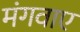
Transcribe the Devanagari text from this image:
मंगवाए